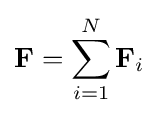
\mathbf {F} =\sum _{i=1}^{N}\mathbf {F} _{i}